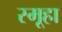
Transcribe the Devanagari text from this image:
स्मूहा